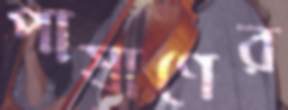
পাষাণের